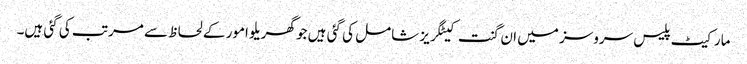
مارکیٹ پلیس سروسز میں ان گنت کیٹگریز شامل کی گئی ہیں جو گھریلو امور کے لحاظ سے مرتب کی گئی ہیں۔